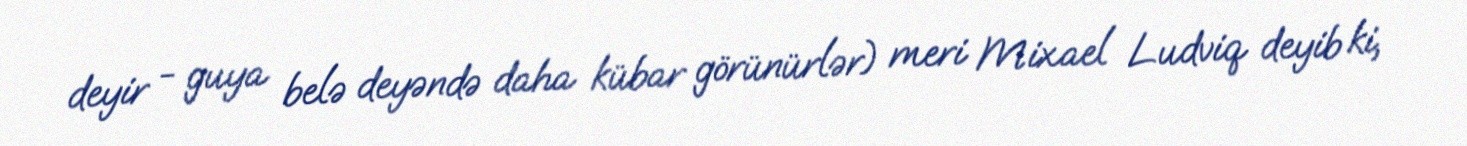
deyir - guya belə deyəndə daha kübar görünürlər) meri Mixael Ludviq deyib ki,